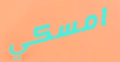
امسكي